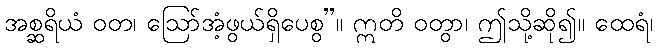
အစ္ဆရိယံ ဝတ၊ ဩော်အံ့ဖွယ်ရှိပေစွ”။ ဣတိ ဝတွာ၊ ဤသို့ဆို၍။ ထေရံ၊